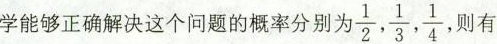
能够正确解决这个问题的概率分别为 $$\frac{1}{2}, \frac{1}{3}, \frac{1}{4},$$ 则有